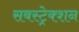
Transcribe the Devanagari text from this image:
सबस्ट्रेक्शन